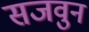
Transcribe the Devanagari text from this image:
सजवुन